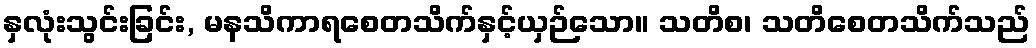
နှလုံးသွင်းခြင်း, မနသိကာရစေတသိက်နှင့်ယှဉ်သော။ သတိစ၊ သတိစေတသိက်သည်